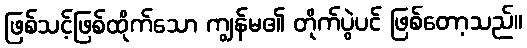
ဖြစ်သင့်ဖြစ်ထိုက်သော ကျွန်မ၏ တိုက်ပွဲပင် ဖြစ်တော့သည်။